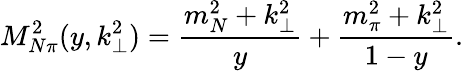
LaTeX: M_{N\pi}^{2}(y,k_{\perp}^{2})=\frac{m_{N}^{2}+k_{\perp}^{2}}{y}+\frac{m_{\pi}^{2}+k_{\perp}^{2}}{1-y}.